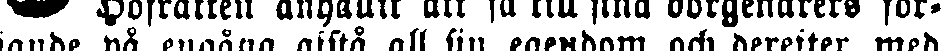
sande på engång afstå all sin egendom och derefter med